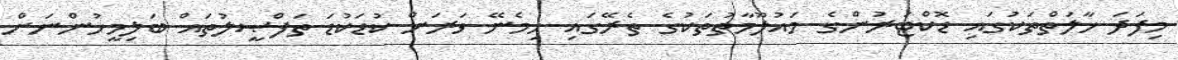
މިފަދަ ހާލަތްތަކުގައި ޑޮކްޓަރުންގެ މައުލޫމާތުތަކުގެ ތެރޭގައި ހިމެނޭ ވަރަށް ކުޑަކުޑަ ތަފްޞީލުތައް ބަލިމީހުންނަށް